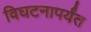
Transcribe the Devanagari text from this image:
विघटनापर्यंत